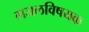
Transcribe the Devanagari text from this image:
गजलविषयक